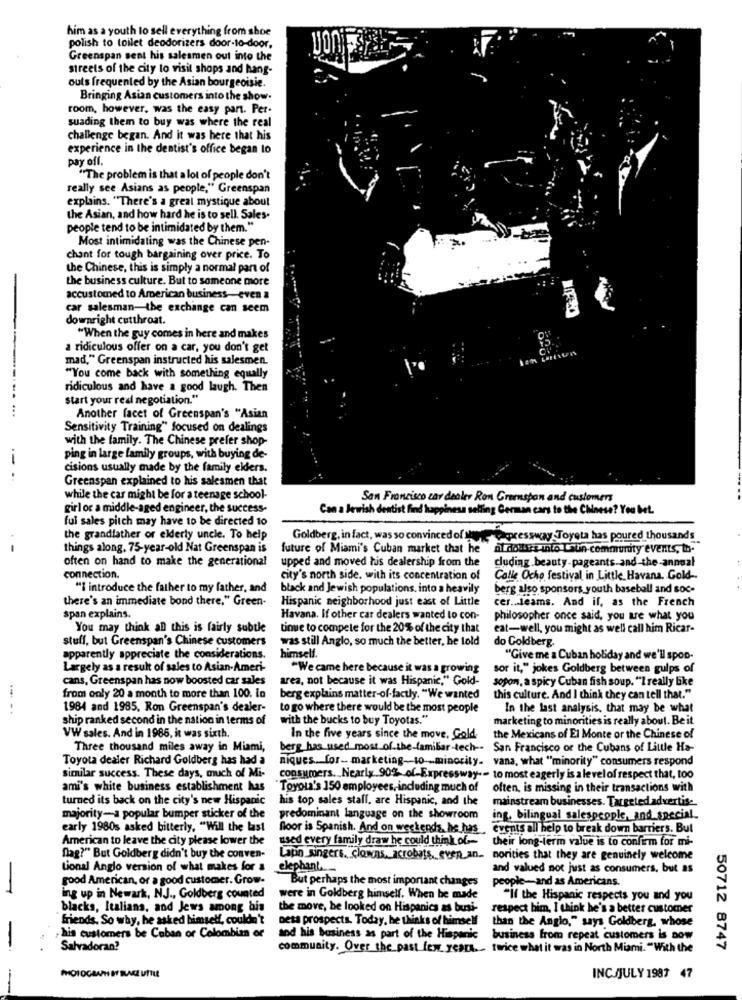
him as a youth lo sell everything from shoe
polish to toilet deodorizers door-to-door,
Greenspan sent his salesmen out into the
streets of the city to visit shops and hang-
outs frequented by the Asian bourgeoisie.
Bringing Asian customers into the show.
room, however, was the easy part. Per-
suading them to buy was where the real
challenge began. And it was here that his
experience in the dentist's office began to
pay off.
"The problem is that a lot of people don't
really see Asians as people," Greenspan
explains. "There's a great mystique about
the Asian, and how hard he is to sell. Sales.
people tend to be intimidated by them."
Most intimidating was the Chinese pen-
chant for tough bargaining over price. To
the Chinese, this is simply a normal part of
the business culture. But to someone more
accustomed to American business-even a
car salesman-the exchange can seem
downright cutthroat.
"When the guy comes in here and makes
a ridiculous offer on a car, you don't get
mad," Greenspan instructed his salesmen.
"You come back with something equally
ridiculous and have a good laugh. Then
start your real negotiation."
Another facet of Greenspan's "Asian
Sensitivity Training" focused on dealings
with the family. The Chinese prefer shop-
.-
ping in large family groups, with buying de-
cisions usually made by the family elders.
Greenspan explained to his salesmen that
while the car might be for a teenage school-
San Francisco car dealer Ron Greenspan and customers
girl or a middle-aged engineer, the success-
Can a Jewish dentist find happiness selling German cars to the Chinese? You bet.
fui sales pitch may have to be directed to
the grandfather or elderly uncle. To help
Goldberg, in fact, was so convinced of whowere pressway Toyota has poured thousands
things along. 75-year-old Nat Greenspan is
future of Miami's Cuban market that he al dolore into Lsun-community events, in-
often on hand to make the generational
upped and moved his dealership from the
cluding.beauty-pageants-and-the-annual
connection.
city's north side. with its concentration of
Calle Ocho festival in Little Havana. Gold-
"I introduce the father to my father, and
black and Jewish populations, into a heavily
berg also sponsors youth baseball and soc-
there's an immediate bond there." Green-
Hispanic neighborhood just east of Little
cer .. leams. And if, as the French
span explains.
Havana. If other car dealers wanted to con-
philosopher once said, you are what you
You may think all this is fairly subtle
tinue to compete for the 20% of the city that
eat-well, you might as well call him Ricar-
stuff, but Greenspan's Chinese customers
was still Anglo, so much the better, he told
do Goldberg.
apparently appreciate the considerations.
himself.
"Give me a Cuban holiday and we'll spon-
Largely as a result of sales to Asian-Ameri-
"We came here because it was a growing
sor it," jokes Goldberg between gulps of
cans, Greenspan has now boosted car sales
area, not because it was Hispanic," Gold-
sopon, a spicy Cuban fish soup. "I really like
from only 20 a month to more than 100. lo
berg explains matter-of-factly. "We wanted
this culture. And I think they can tell that."
1984 and 1985, Ron Greenspan's dealer-
to go where there would be the most people
In the last analysis, that may be what
ship ranked second in the nation in terms of
with the bucks to buy Toyotas."
marketing to minorities is really about. Be it
VW sales. And in 1985, it was sixth.
In the five years since the move. Gold-
the Mexicans of El Monte or the Chinese of
Three thousand miles away in Miami,
berg has used most of the familiar-tech -. San Francisco or the Cubans of Little Ha-
Toyota dealer Richard Goldberg has had a
niques. for- marketing-to -- minority. vana, what "minority" consumers respond
similar success. These days, much of Mi-
consumers. Nearly 90% of Expressway- to most eagerly is a level of respect that, 100
ami's white business establishment has
"Toyoua's 150 employees, including much of
often, is missing in their transactions with
turned its back on the city's new Hispanic
his top sales staff, are Hispanic, and the
mainstream businesses. Targeted advertis-
majority-a popular bumper sticker of the
predominant language on the showroom
ing, bilingual salespeople, and special_
early 1980s asked bitterly, "Will the last
floor is Spanish. And on weekends, he has
events all help to break down barriers. But
American to leave the city please lower the
used every family draw he could think of their long-term value is to confirm for mi-
flag?" But Goldberg didn't buy the conven-
Lapn singers. clowns, acrobats, even_an. norities that they are genuinely welcome
Lional Anglo version of what makes for a
elephant
and valued not just as consumers, but as
good American, or a good customer. Grow-
But perhaps the most important changes
people-and as Americans.
-
ing up in Newark, NJ ., Goldberg counted
were in Goldberg himself. When he made
"If the Hispanic respects you and you
blacks, Italians, and Jews among ais
the move, be looked on Hispanics as busi-
respect bim, I think he's a better customer
friends. So why, he asked himself, couldn't
Deta prospects. Today, he thinks of himself
than the Anglo," says Goldberg, whose
his customers be Coban or Colombia or
and his business as part of the Hispanic
business from repeat customers is now
-
Sahradoran?
community. Over the past few years. - twice what it was in North Miami. "With the
50712 8747
INCJJULY 1987 47